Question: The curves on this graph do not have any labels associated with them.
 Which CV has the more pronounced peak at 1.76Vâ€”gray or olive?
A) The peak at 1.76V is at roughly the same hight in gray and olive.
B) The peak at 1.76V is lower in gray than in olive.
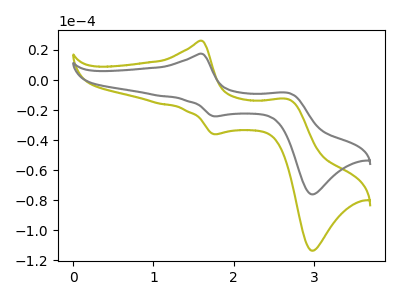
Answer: <think>The olive curve "olive" has anodic peaks at (1.60V, 26.05uA) (2.70V, -12.90uA) and cathodic peaks at (1.75V, -36.10uA) (3.00V, -113.60uA). The gray curve "gray" has anodic peaks at (1.60V, 17.45uA) (2.70V, -8.65uA) and cathodic peaks at (1.75V, -24.20uA) (3.00V, -76.10uA).</think>
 <answer>B) The peak at 1.76V is lower in "gray" than in "olive".</answer>
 <eval>B</eval>